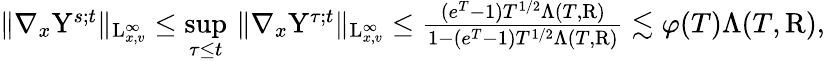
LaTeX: \begin{array}{r}{\Vert\nabla_{x}\mathrm{Y}^{s;t}\Vert_{\mathrm{L}_{x,v}^{\infty}}\leq\underset{\tau\leq t}{\operatorname*{sup}}\, \Vert\nabla_{x}\mathrm{Y}^{\tau;t}\Vert_{\mathrm{L}_{x,v}^{\infty}}\leq\frac{(e^{T}-1)T^{1/2}\Lambda(T,\mathrm{R})}{1-(e^{T}-1)T^{1/2}\Lambda(T,\mathrm{R})}\lesssim\varphi(T)\Lambda(T,\mathrm{R}),}\end{array}